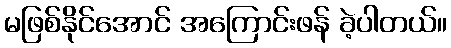
မဖြစ်နိုင်အောင် အကြောင်းဖန် ခဲ့ပါတယ်။